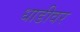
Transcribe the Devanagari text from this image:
धाडीवर